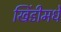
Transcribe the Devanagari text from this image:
खिंडीमधे